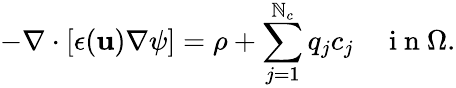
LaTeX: -\nabla\cdot[\epsilon(\mathbf{u})\nabla\psi]=\rho+\sum_{j=1}^{\mathbb{N}_{c}}q_{j}c_{j}\quad\mathrm{{~i~n~}}\Omega.